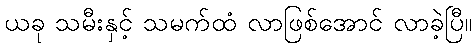
ယခု သမီးနှင့် သမက်ထံ လာဖြစ်အောင် လာခဲ့ပြီ။